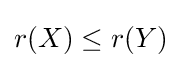
r(X)\leq r(Y)